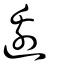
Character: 臱